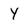
Character: Y